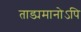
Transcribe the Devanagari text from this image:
ताड्यमानोऽपि